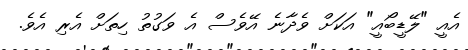
އެއީ "ލޭޑީބޯއީ" އަކަށް ވެދާނެ އޭވެސް އެ ވަގުތު ހިތަށް އެރި އެވެ.